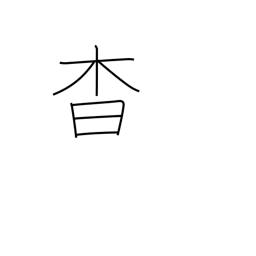
Meaning: darkness